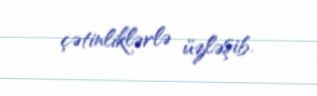
çətinliklərlə üzləşib.